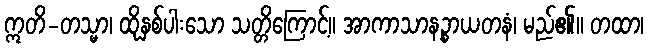
ဣတိ-တသ္မာ၊ ထိုနှစ်ပါးသော သတ္တိကြောင့်။ အာကာသာနဉ္စာယတနံ၊ မည်၏။ တထာ၊